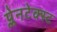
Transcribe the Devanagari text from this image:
प्लेनटेक्स्ट